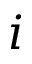
i